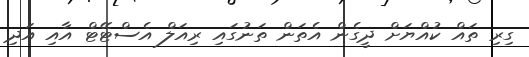
ގިރި ތައް ކުއްޔަށް ދީގެން އެތަން ތަނުގައި ރިއަލް އެސްޓޭޓް އާއި އަދި